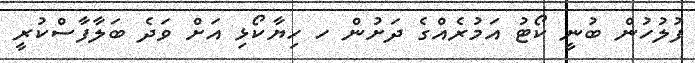
ފުލުހުން ބުނީ ކޯޓު އަމުރެއްގެ ދަށުން ހ ހިޔާކޯޅި އަށް ވަދެ ބަލާފާސްކުރީ